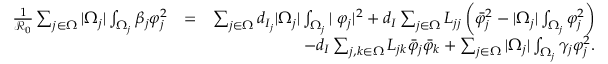
\begin{array} { r l r } { \frac { 1 } { \mathcal { R } _ { 0 } } \sum _ { j \in \Omega } | \Omega _ { j } | \int _ { \Omega _ { j } } \beta _ { j } \varphi _ { j } ^ { 2 } } & { = } & { \sum _ { j \in \Omega } d _ { I _ { j } } | \Omega _ { j } | \int _ { \Omega _ { j } } | \triangledown \varphi _ { j } | ^ { 2 } + d _ { I } \sum _ { j \in \Omega } L _ { j j } \left( \bar { \varphi } _ { j } ^ { 2 } - | \Omega _ { j } | \int _ { \Omega _ { j } } \varphi _ { j } ^ { 2 } \right) } \\ & { } & { - d _ { I } \sum _ { j , k \in \Omega } { L _ { j k } } \bar { \varphi } _ { j } \bar { \varphi } _ { k } + \sum _ { j \in \Omega } | \Omega _ { j } | \int _ { \Omega _ { j } } \gamma _ { j } \varphi _ { j } ^ { 2 } . } \end{array}